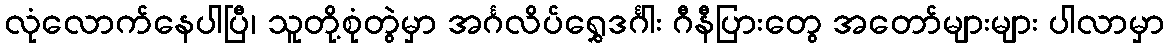
လုံလောက်နေပါပြီ၊ သူတို့စုံတွဲမှာ အင်္ဂလိပ်ရွှေဒင်္ဂါး ဂီနီပြားတွေ အတော်များများ ပါလာမှာ